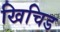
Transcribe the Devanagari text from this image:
खिचिड